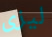
ليزى